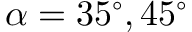
\alpha = 3 5 ^ { \circ } , 4 5 ^ { \circ }